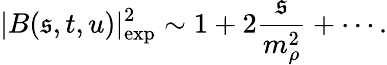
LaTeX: |B(\mathfrak{s},t,u)|_{\mathrm{{exp}}}^{2}\sim1+2{\frac{{\mathfrak{s}}}{{m_{\rho}^{2}}}}+\cdots.